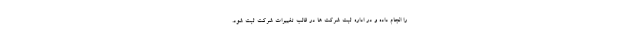
را انجام داده و در اداره ثبت شرکت ها در قالب تغییرات شرکت ثبت شود.